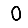
Digit: 0